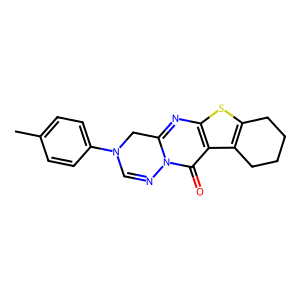
SMILES: Cc1ccc(N2C=Nn3c(nc4sc5c(c4c3=O)CCCC5)C2)cc1
Inhibits HIV replication: No